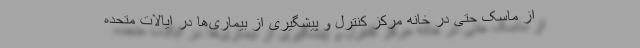
از ماسک حتی در خانه مرکز کنترل و پیشگیری از بیماری‌ها در ایالات متحده